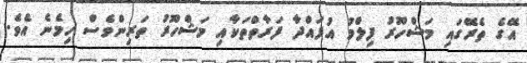
އޭގެ ތެރޭގައި މަޝްހޫރު ފިލްމު އުފައްދާ ފަރާތްތަކާއި މަޝްހޫރު ތަރިންވެސް ހިމެނެ އެވެ.